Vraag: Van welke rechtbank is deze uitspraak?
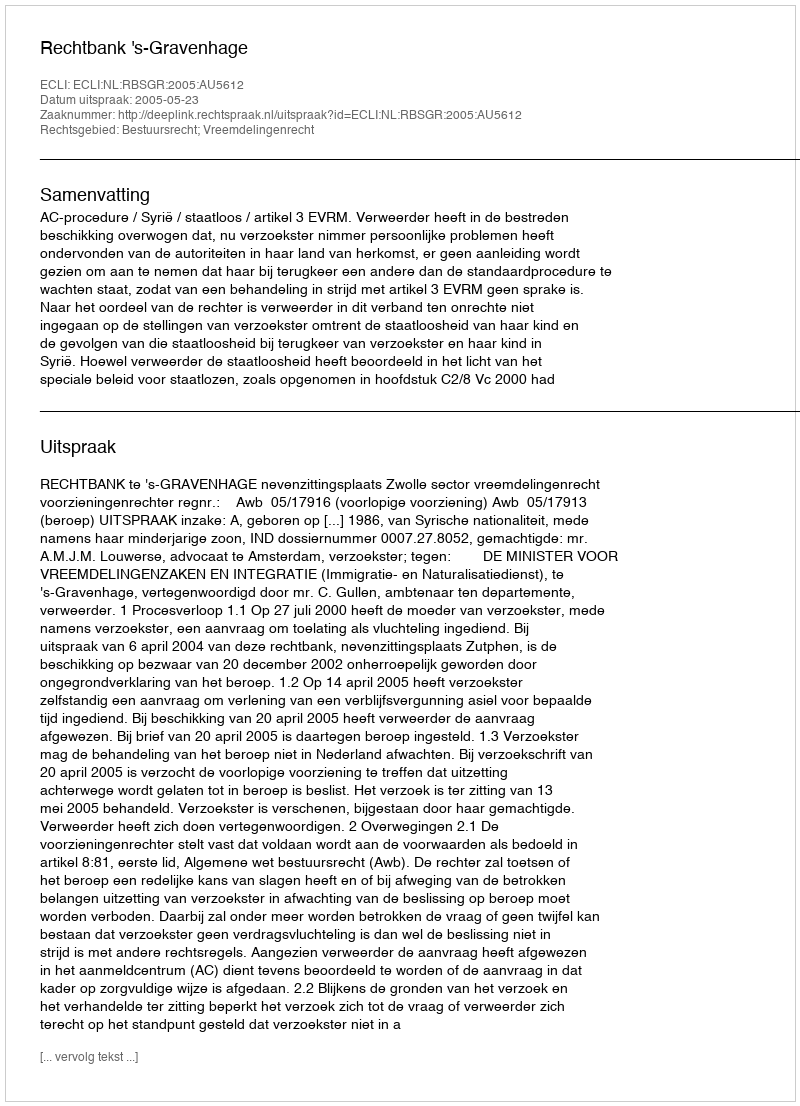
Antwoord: Rechtbank 's-Gravenhage